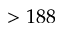
> 1 8 8